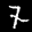
Label: 7